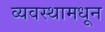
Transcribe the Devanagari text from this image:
व्यवस्थामधून